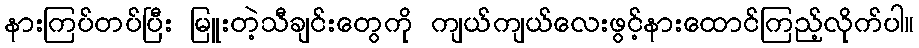
နားကြပ်တပ်ပြီး မြူးတဲ့သီချင်းတွေကို ကျယ်ကျယ်လေးဖွင့်နားထောင်ကြည့်လိုက်ပါ။